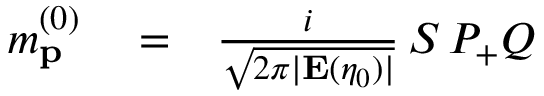
\begin{array} { r l r } { m _ { \mathbf { p } } ^ { ( 0 ) } } & { { } = } & { \frac { i } { \sqrt { 2 \pi | \mathbf { E } ( \eta _ { 0 } ) | } } \, { \cal S } \, { \cal P } _ { + } Q } \end{array}